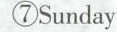
⑦Sunday